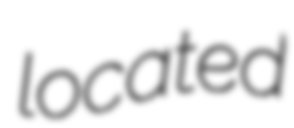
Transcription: located